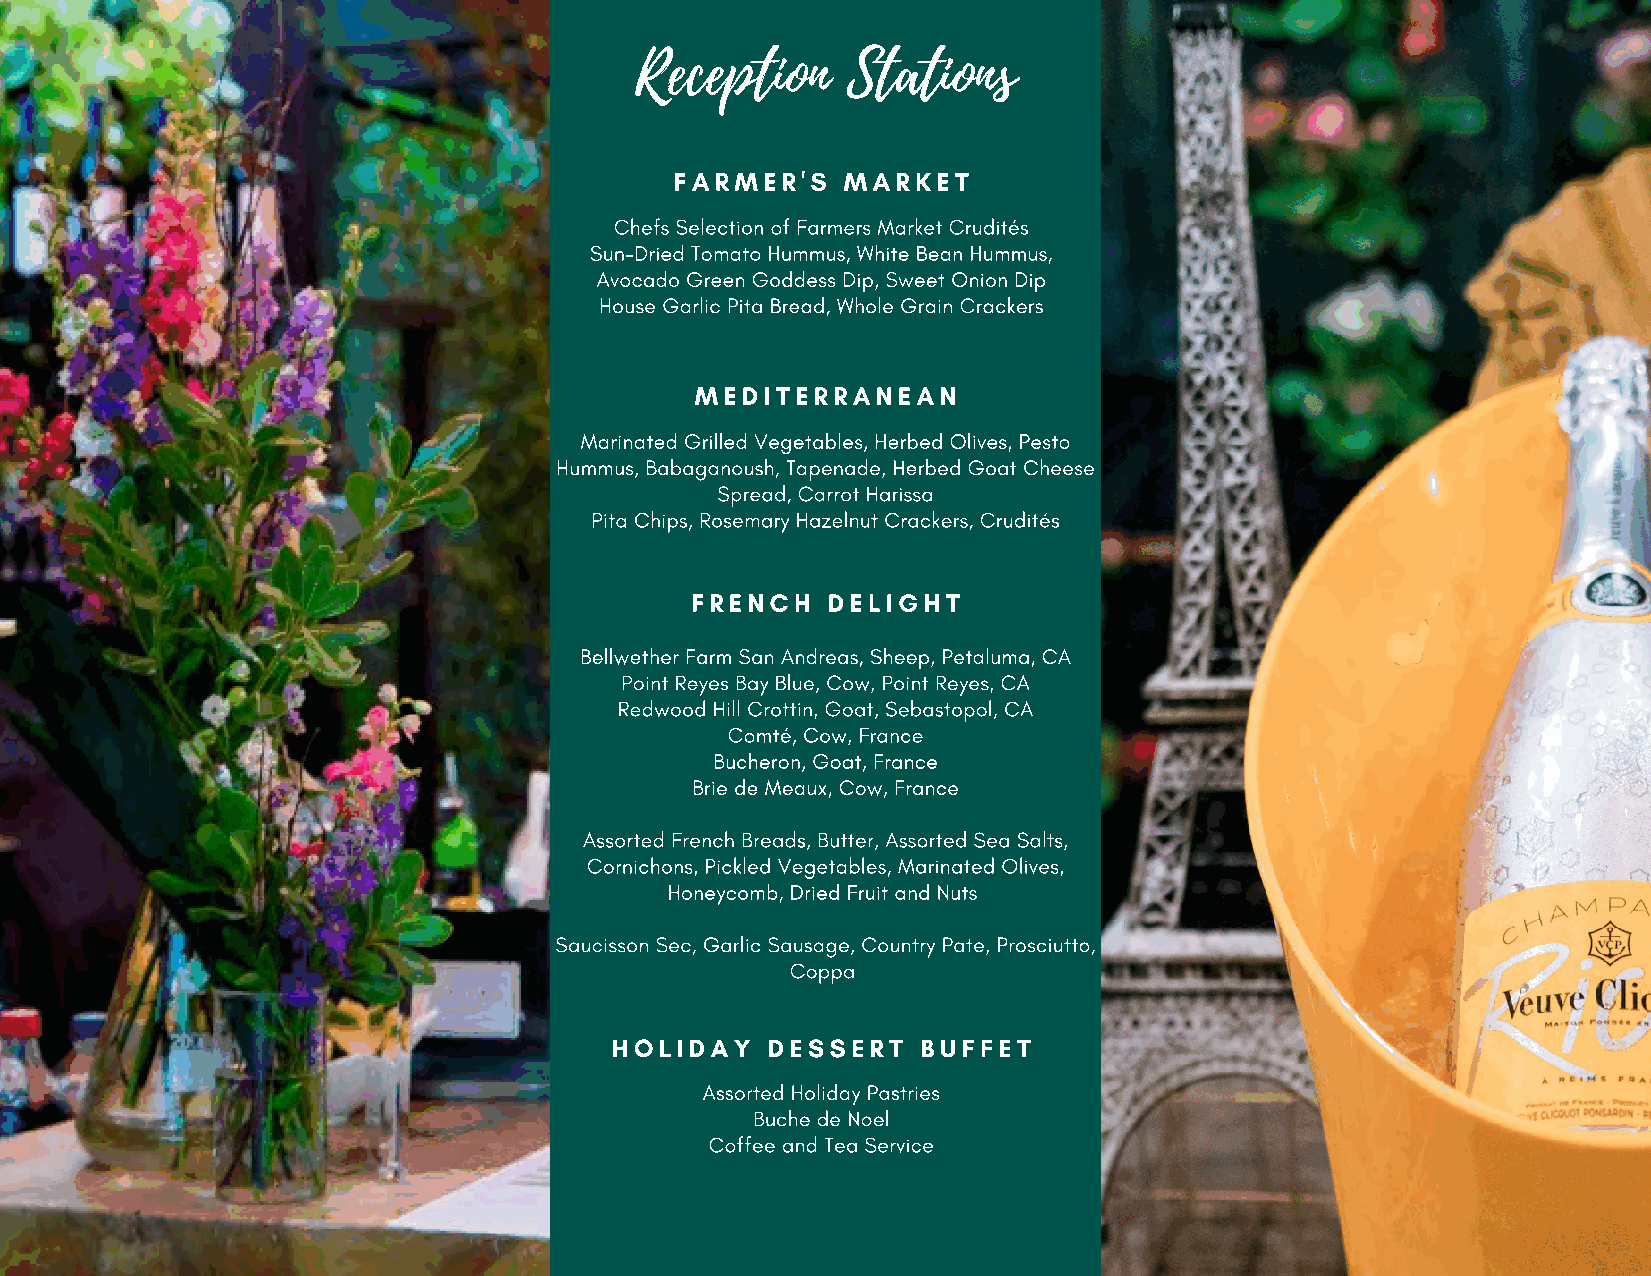
Reception     Stations
 FARMER'S   MARKET
 Chefs Selection of Farmers Market Crudités
 Sun-Dried Tomato Hummus, White Bean Hummus,
 Avocado Green Goddess Dip, Sweet Onion Dip
 House Garlic Pita Bread, Whole Grain Crackers
 MEDITERRANEAN
 Marinated Grilled Vegetables, Herbed Olives, Pesto
 Hummus, Babaganoush, Tapenade, Herbed Goat Cheese
 Spread, Carrot Harissa
 Pita Chips, Rosemary Hazelnut Crackers, Crudités
 FRENCH   DELIGHT
 Bellwether Farm San Andreas, Sheep, Petaluma, CA
 Point Reyes Bay Blue, Cow, Point Reyes, CA
 Redwood Hill Crottin, Goat, Sebastopol, CA
 Comté, Cow, France
 Bucheron, Goat, France
 Brie de Meaux, Cow, France
 Assorted French Breads, Butter, Assorted Sea Salts,
 Cornichons, Pickled Vegetables, Marinated Olives,
 Honeycomb, Dried Fruit and Nuts
 Saucisson Sec, Garlic Sausage, Country Pate, Prosciutto,
 Coppa
 HOLIDAY    DES SERT  BUFFET
 Assorted Holiday Pastries
 Buche de Noel
 Coffee and Tea Service